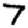
Digit: 7